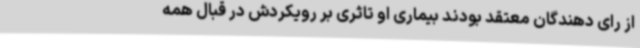
از رای دهندگان معتقد بودند بیماری او تاثری بر رویکردش در قبال همه